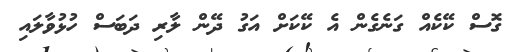
ގޮސް ކޭކެއް ގަނެގެން އެ ކޭކަށް އަގު ދޭން ލާރި ދަބަސް ހުޅުވާލައި